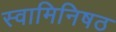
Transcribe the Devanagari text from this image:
स्वामिनिषठ